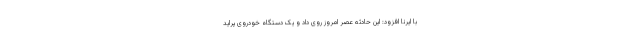
با ایرنا افزود: این حادثه عصر امروز روی داد و یک دستگاه خودروی پراید